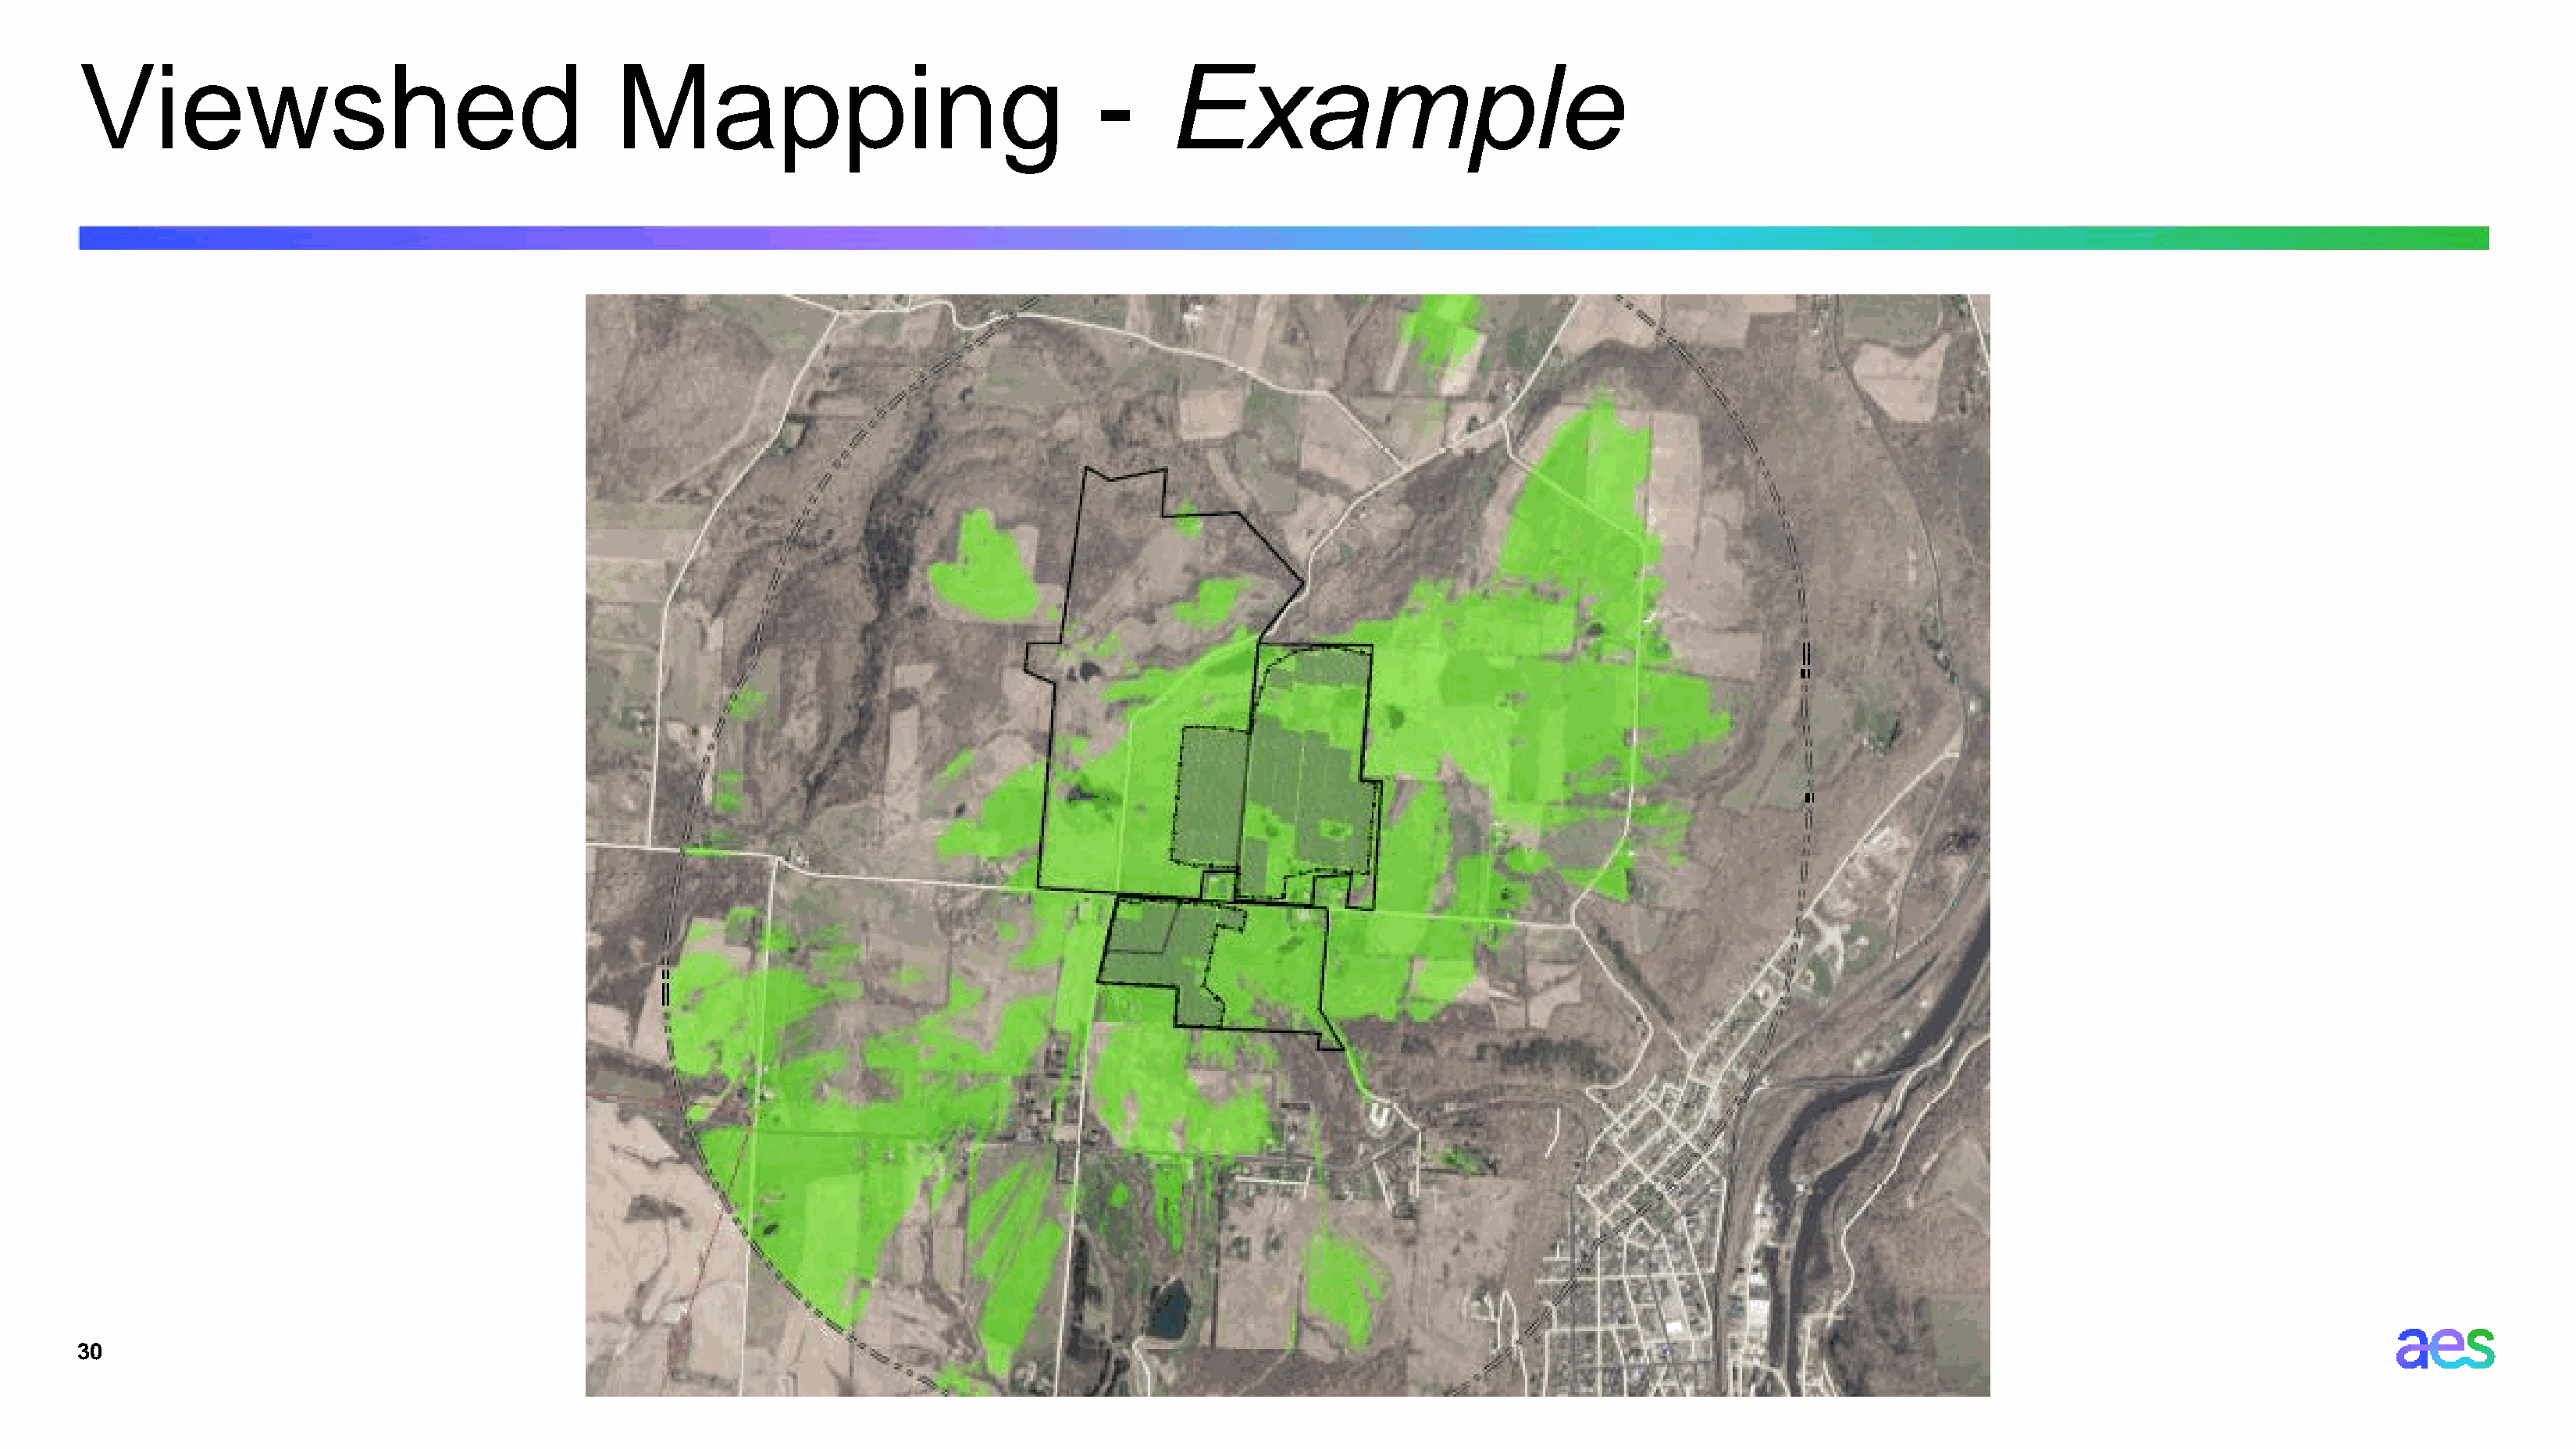
Viewshed                                     Mapping                                  -     Example
 30